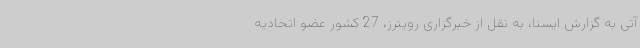
آتی به گزارش ایسنا، به نقل از خبرگزاری رویترز، 27 کشور عضو اتحادیه